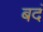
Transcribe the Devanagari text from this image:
बदं